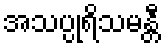
အသပ္ပုရိသမန္တီ